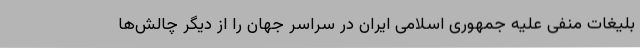
بلیغات منفی علیه جمهوری اسلامی ایران در سراسر جهان را از دیگر چالش‌ها